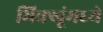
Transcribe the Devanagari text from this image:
भिक्खूंमध्ये